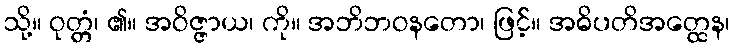
သို့။ ဝုတ္တံ၊ ၏။ အဝိဇ္ဇာယ၊ ကို။ အဘိဘဝနတော၊ ဖြင့်။ အဓိပတိအတ္ထေန၊